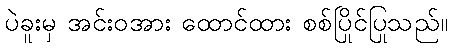
ပဲခူးမှ အင်းဝအား ထောင်ထား စစ်ပြိုင်ပြုသည်။